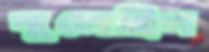
খুলেছিস